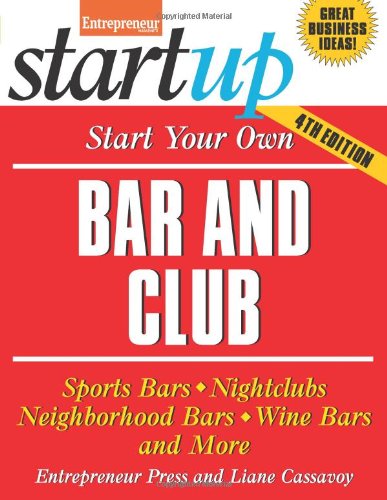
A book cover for Start Your Own Bar and Club: Sports Bars, Nightclubs, Neighborhood Bars, Wine Bars, and More (StartUp Series); Liane Cassavoy; Cookbooks, Food & Wine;